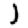
Digit: 1